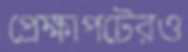
প্রেক্ষাপটেরও